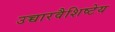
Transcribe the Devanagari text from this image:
उच्चारवैशिष्टेय